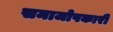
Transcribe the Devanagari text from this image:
समाजोपकारी